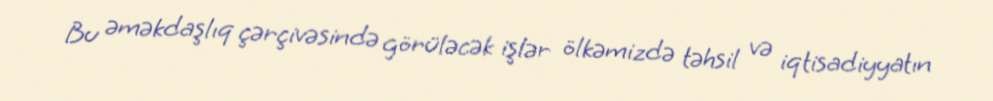
Bu əməkdaşlıq çərçivəsində görüləcək işlər ölkəmizdə təhsil və iqtisadiyyatın